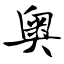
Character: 奥